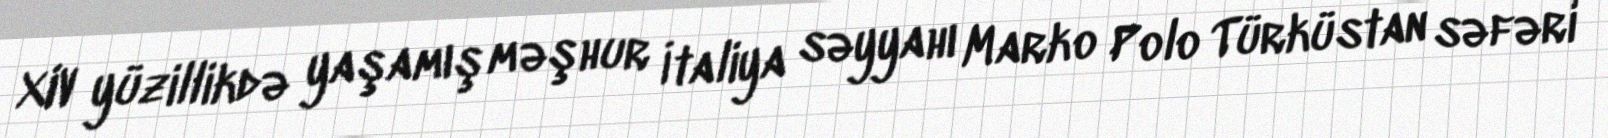
XIV yüzillikdə yaşamış məşhur İtaliya səyyahı Marko Polo Türküstan səfəri